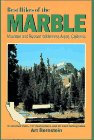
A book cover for Best Hikes of the Marble: Mountain and Russian Wilderness Areas, California; Art Bernstein; Travel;